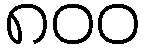
၈၀၀